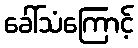
ခေါ်သံကြောင့်